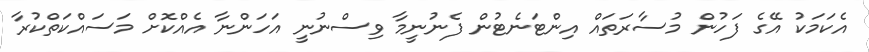
އެކަމަކު އޭގެ ފަހުން މުސާރަތައް އިންޓަނެޓުން ފެނުނީމާ ވިސްނުނީ އަހަންނާ އެއްކޮށް މަސައްކަތްކުރާ